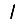
Digit: 1